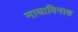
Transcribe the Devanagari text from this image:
मायाविनाश